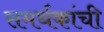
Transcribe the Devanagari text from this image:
समर्थकांची